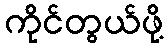
ကိုင်တွယ်ဖို့